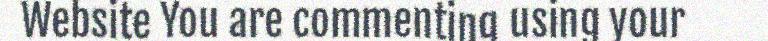
Website You are commenting using your